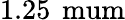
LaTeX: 1.25\, \mathrm{\ mum}